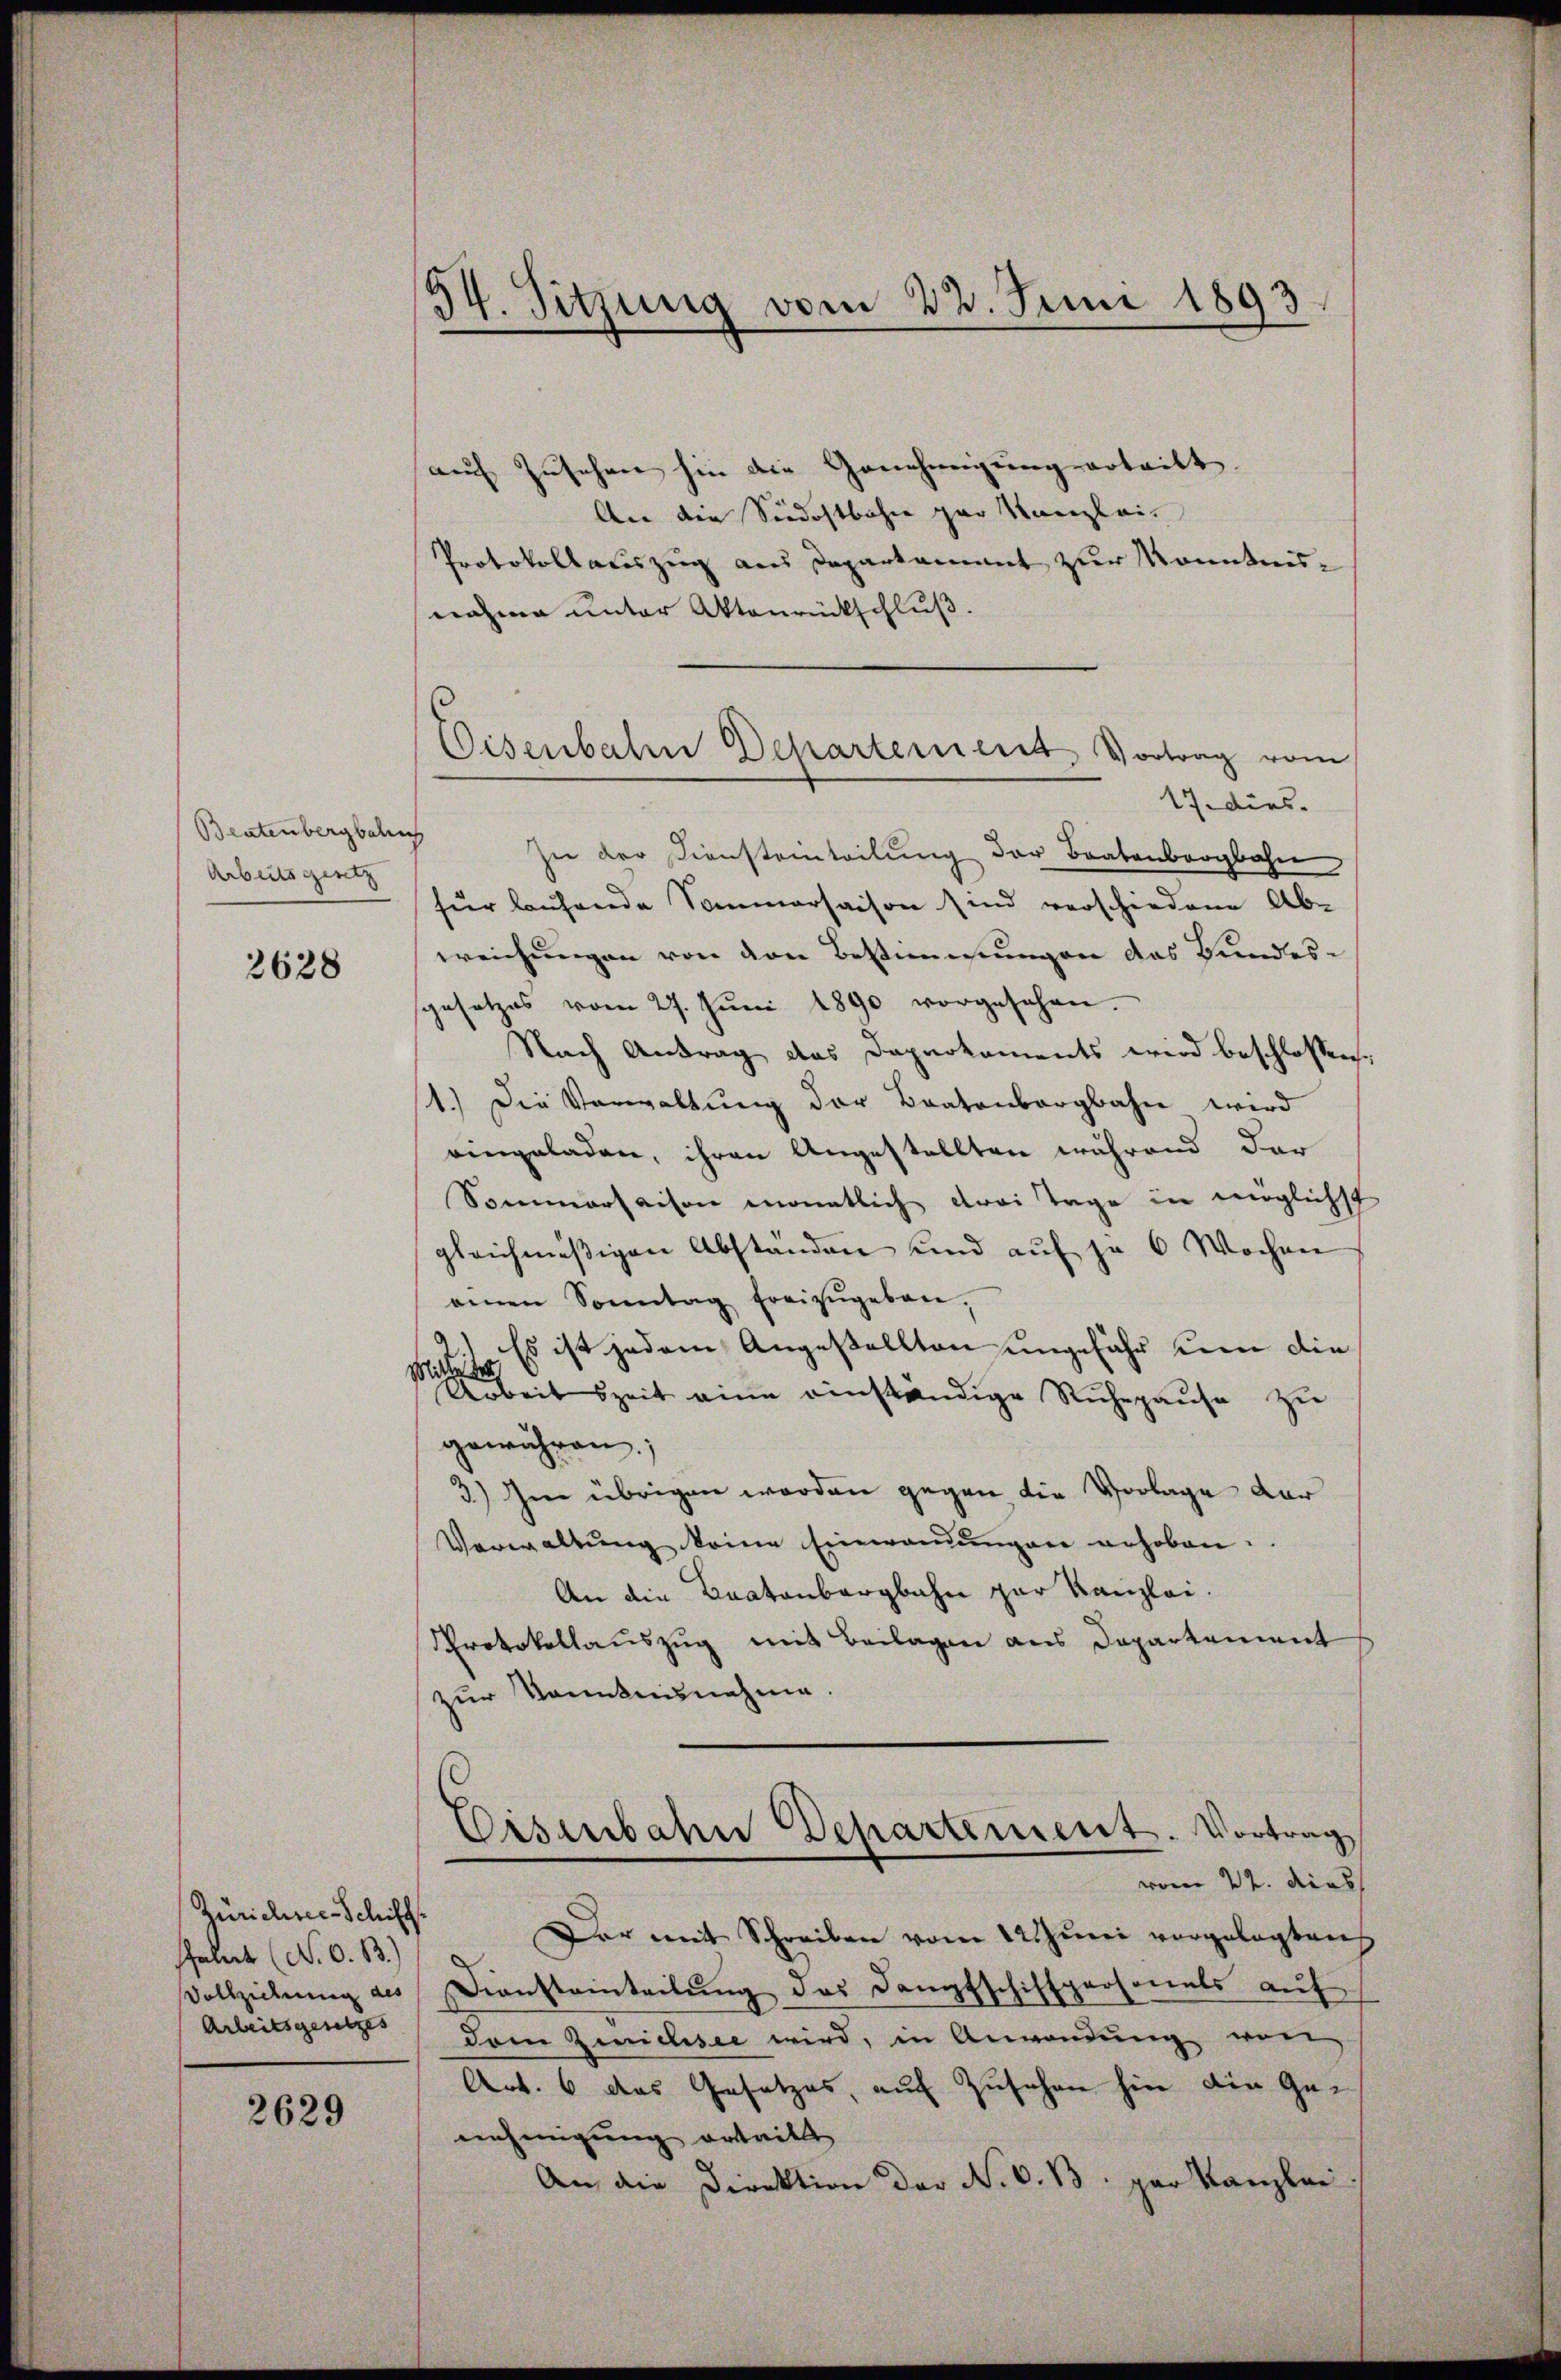
Beatenbergbahnh
Arbeitsgesetz

3628

Zürichsee-Schiff
falt (N. O. B.)
Vollziehung des
Arbeitsgesetzes

2629

6
14. Sitzung vom 22. Juni 1893.

Eisenbahn Departement, Vortrag vom

auch Zusehen hin die Genehmigung ertritt.
An die Siedostbahne par Kanzlei
Protokollauszug aus Departament zur Kenntnisnahme unter Aktenrückschluß.
17. dies
Zu der Diensteinteilung der Bratenbergbahn
für laufende Sommersaison sind verschiedene Ab-
weichungen von den Bestimmungen das Bundessgesetzes vom 27. Jŭni 1890 vorgesehen.
Nach Antrag das Dapartements wird beschlossen:
1.) Die Verwaltung der Bratenbergbahn wird
eingeladen, ihren Angestellten während der
Sommersaison monatlich drei Tage in möglichst
gleichmässigen Abstanden und auf je 6 Wochen
einen Sonntag freizŭgeben.
Es ist jedem Angestellten ungefähr kein die
it zeit eine einständige Ruhepause zu
gewähren;
3) Im übrigen worden gegen die Vorlage dar
Verwaltung keine Einwandungen erhoben.
An die Bratenbergbahn zur Kanzlei.
Protokollauszug mit Beilagen aus Departement
zur Kenntnisnahme.
Eisenbahn Departement. Vortrag
vom 22. dies
Der mit Schreiben vom 22. Juni vorgelegten
Diensteinteilung des Dampfschiffpersonals auf
dem Zeichsee wird, in Anwendung von
Act. 6 das Gesetzes, auf Zusehen hin die Genehmigung ertritt
An die Direktion der N. O. B. par Kanzlei